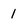
Character: 1